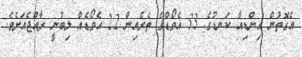
އެގޮތުން އިންޑިއާ ކަނޑުގެ 33 އެވޯޑްގެ ތެރެއިން 22 އެވޯޑެއް ލިބުނީ ރާއްޖެއަށެވެ.